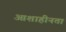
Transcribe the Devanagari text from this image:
आशाहीनता